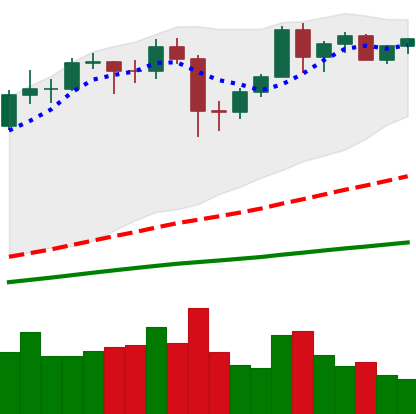
Ticker: BTC-USD
Chart end date: 2020-12-06
Forward return: -6.649%
Label: down_5_7